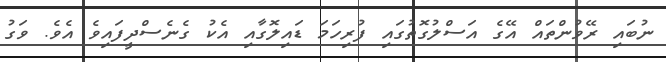
ނުބައި ރޭވުންތައް އޭގެ އަސްލުގޮތުގައި ފުރިހަމަ ޑައިލޮގާއި އެކު ގެނެސްދީފައިވެ އެވެ. ވަގު